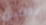
بطرس